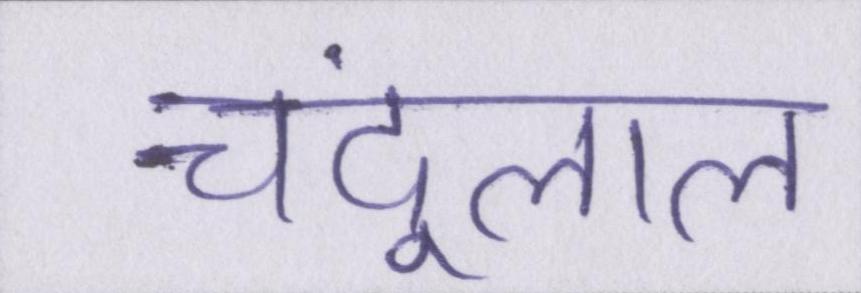
चंदूलाल